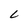
Character: L